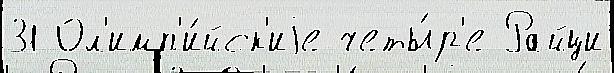
31 Ол'имп'и́йск'иjе четы́р'е Райци